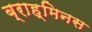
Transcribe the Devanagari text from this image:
ब्राह्मिनस